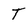
Character: t